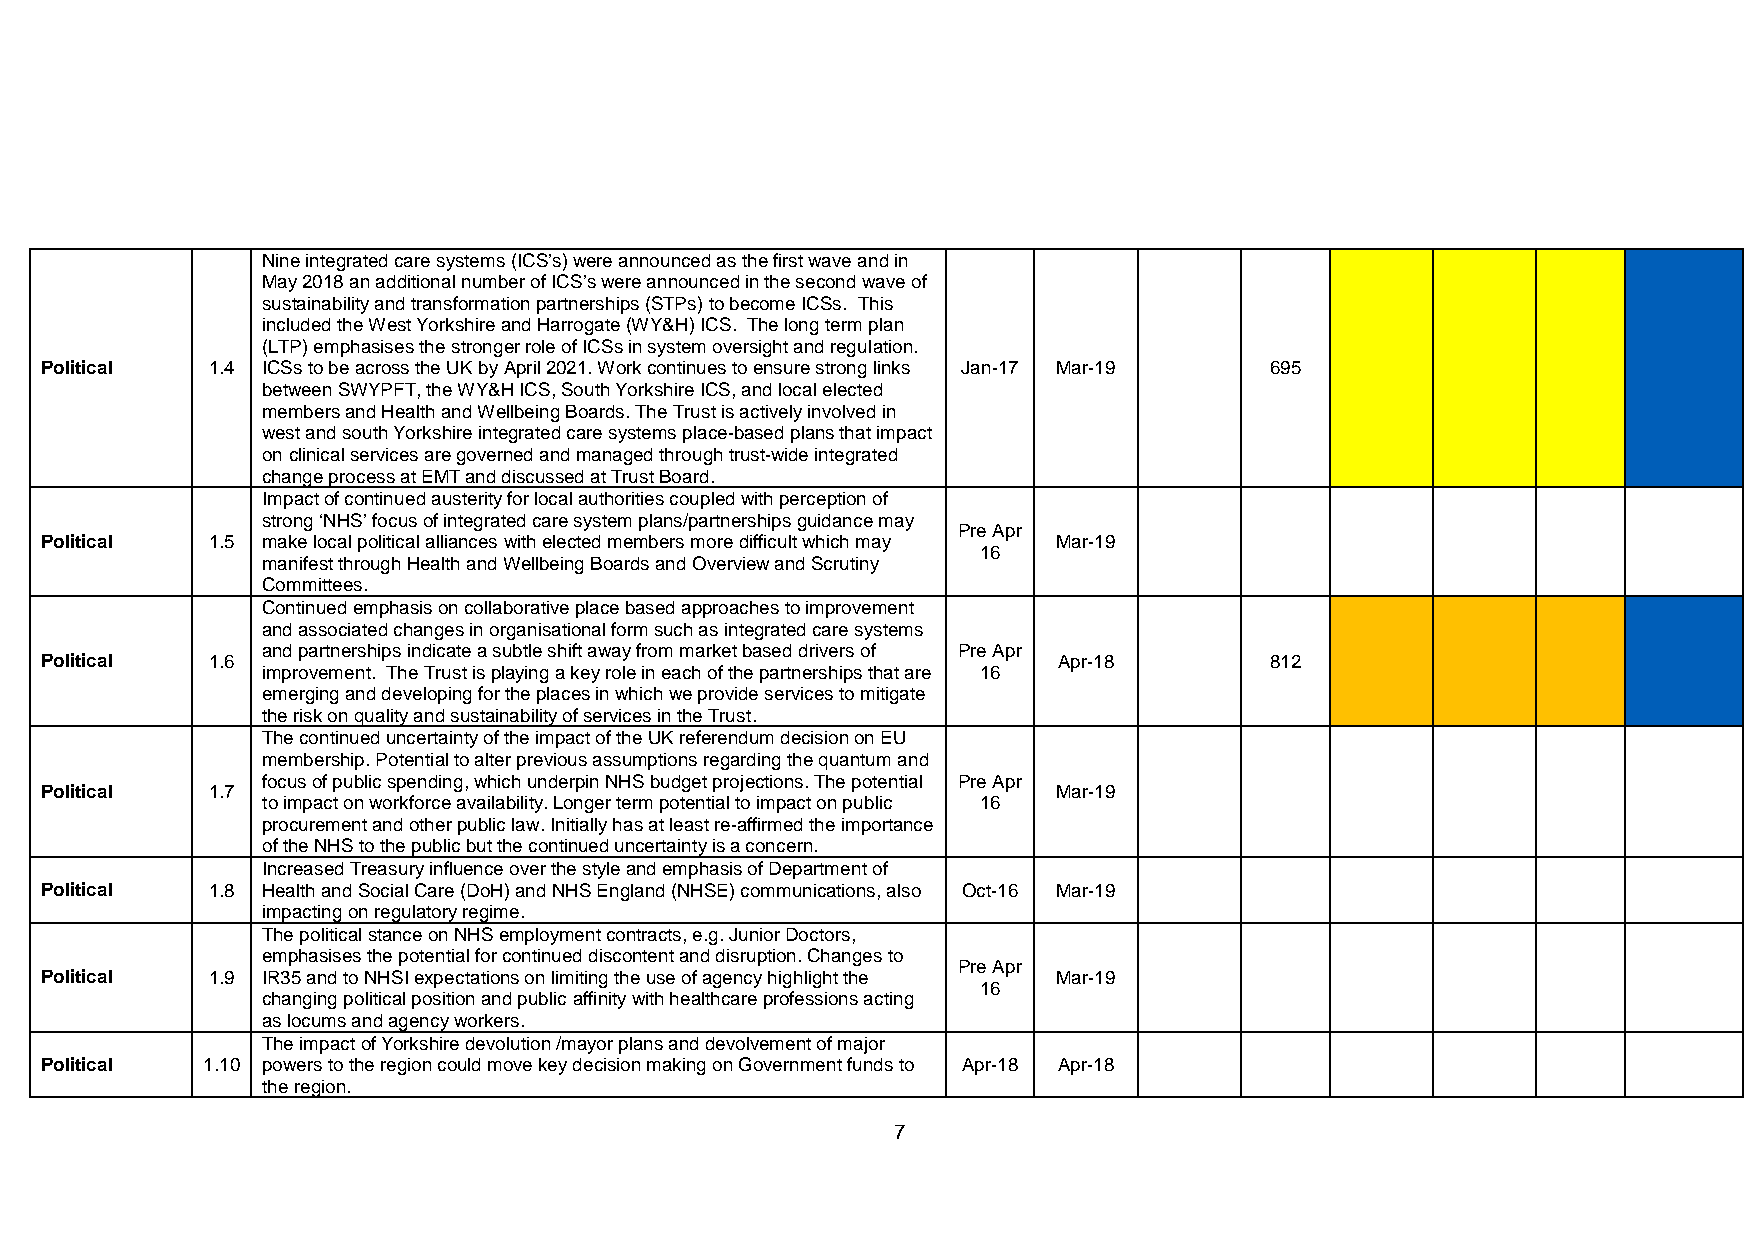
Nine integrated care systems (ICS’s) were announced as the first wave and in
 May 2018 an additional number of ICS’s were announced in the second wave of
 sustainability and transformation partnerships (STPs) to become ICSs. This
 included the West Yorkshire and Harrogate (WY&H) ICS. The long term plan
 (LTP) emphasises the stronger role of ICSs in system oversight and regulation.
 Political  1.4 ICSs to be across the UK by April 2021. Work continues to ensure strong links Jan-17 Mar-19 695
 between SWYPFT, the WY&H ICS, South Yorkshire ICS, and local elected
 members and Health and Wellbeing Boards. The Trust is actively involved in
 west and south Yorkshire integrated care systems place-based plans that impact
 on clinical services are governed and managed through trust-wide integrated
 change process at EMT and discussed at Trust Board.
 Impact of continued austerity for local authorities coupled with perception of
 strong ‘NHS’ focus of integrated care system plans/partnerships guidance may
 Pre Apr
 Political  1.5 make local political alliances with elected members more difficult which may Mar-19
 16
 manifest through Health and Wellbeing Boards and Overview and Scrutiny
 Committees.
 Continued emphasis on collaborative place based approaches to improvement
 and associated changes in organisational form such as integrated care systems
 and partnerships indicate a subtle shift away from market based drivers of Pre Apr
 Political  1.6                                                     Apr-18        812
 improvement. The Trust is playing a key role in each of the partnerships that are 16
 emerging and developing for the places in which we provide services to mitigate
 the risk on quality and sustainability of services in the Trust.
 The continued uncertainty of the impact of the UK referendum decision on EU
 membership. Potential to alter previous assumptions regarding the quantum and
 Political  1.7
 focus of public spending, which underpin NHS budget projections. The potential Pre Apr
 Mar-19
 to impact on workforce availability. Longer term potential to impact on public 16
 procurement and other public law. Initially has at least re-affirmed the importance
 of the NHS to the public but the continued uncertainty is a concern.
 Increased Treasury influence over the style and emphasis of Department of
 Political  1.8 Health and Social Care (DoH) and NHS England (NHSE) communications, also Oct-16 Mar-19
 impacting on regulatory regime.
 The political stance on NHS employment contracts, e.g. Junior Doctors,
 emphasises the potential for continued discontent and disruption. Changes to
 Political  1.9 IR35 and to NHSI expectations on limiting the use of agency highlight the
 Pre Apr
 Mar-19
 16
 changing political position and public affinity with healthcare professions acting
 as locums and agency workers.
 The impact of Yorkshire devolution /mayor plans and devolvement of major
 Political 1.10 powers to the region could move key decision making on Government funds to Apr-18 Apr-18
 the region.
 7